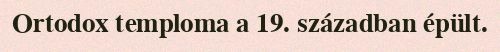
Ortodox temploma a 19. században épült.